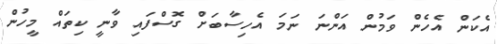
އެކަން އެހެން ވަމުން އަންނަ ނަމަ އެހިސާބަށް ގޮސްފައި ވާނީ ކިތައް މީހުން